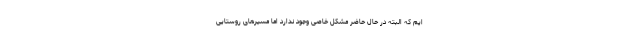
ایم که البته در حال حاضر مشکل خاصی وجود ندارد اما مسیرهای روستایی